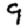
Digit: 9